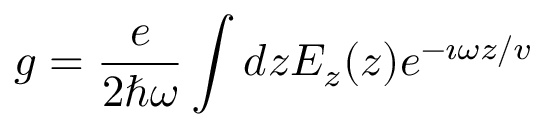
g = \frac { e } { 2 \hbar \omega } \int d z E _ { z } ( z ) e ^ { - \imath \omega z / v }